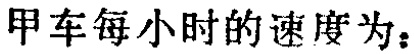
甲车每小时的速度为：